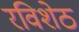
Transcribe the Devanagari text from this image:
रविशेठ